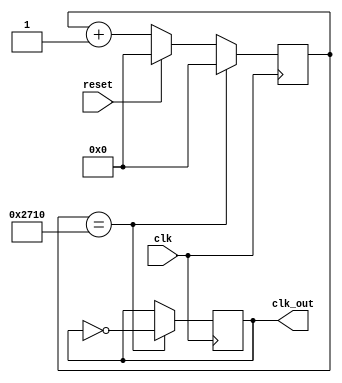
`timescale 1ns / 1ps

module clkdiv(
    input clk,
    input reset,
    output reg clk_out
    );
    
    // Initialize count register
    // Be sure to change the width of the counter
    // between simulation and on-board implementation
    reg [24:0] count = 0;
    
    //Use this line if you want to use bitmasking to create your divider.
    //assign clk_out = count[2];
    initial clk_out = 0;
    always @(posedge clk) begin
        if(reset) count <= 0;
        else count <= count + 1;
        
        //5hz
        //if(count == 10000000) begin
        //count <= 0;
        //clk_out <= ~clk_out;
        //end
        //5khz
        if(count == 10000) begin
        count <= 0;
        clk_out <= ~clk_out;
        end
    end
endmodule